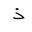
Letter: _thal